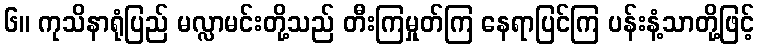
၆။ ကုသိနာရုံပြည် မလ္လာမင်းတို့သည် တီးကြမှုတ်ကြ နေရာပြင်ကြ ပန်းနံ့သာတို့ဖြင့်